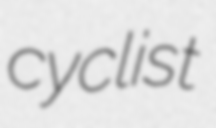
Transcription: cyclist